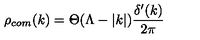
\rho _ { c o m } ( k ) = \Theta ( \Lambda - | k | ) \frac { \delta ^ { \prime } ( k ) } { 2 \pi }